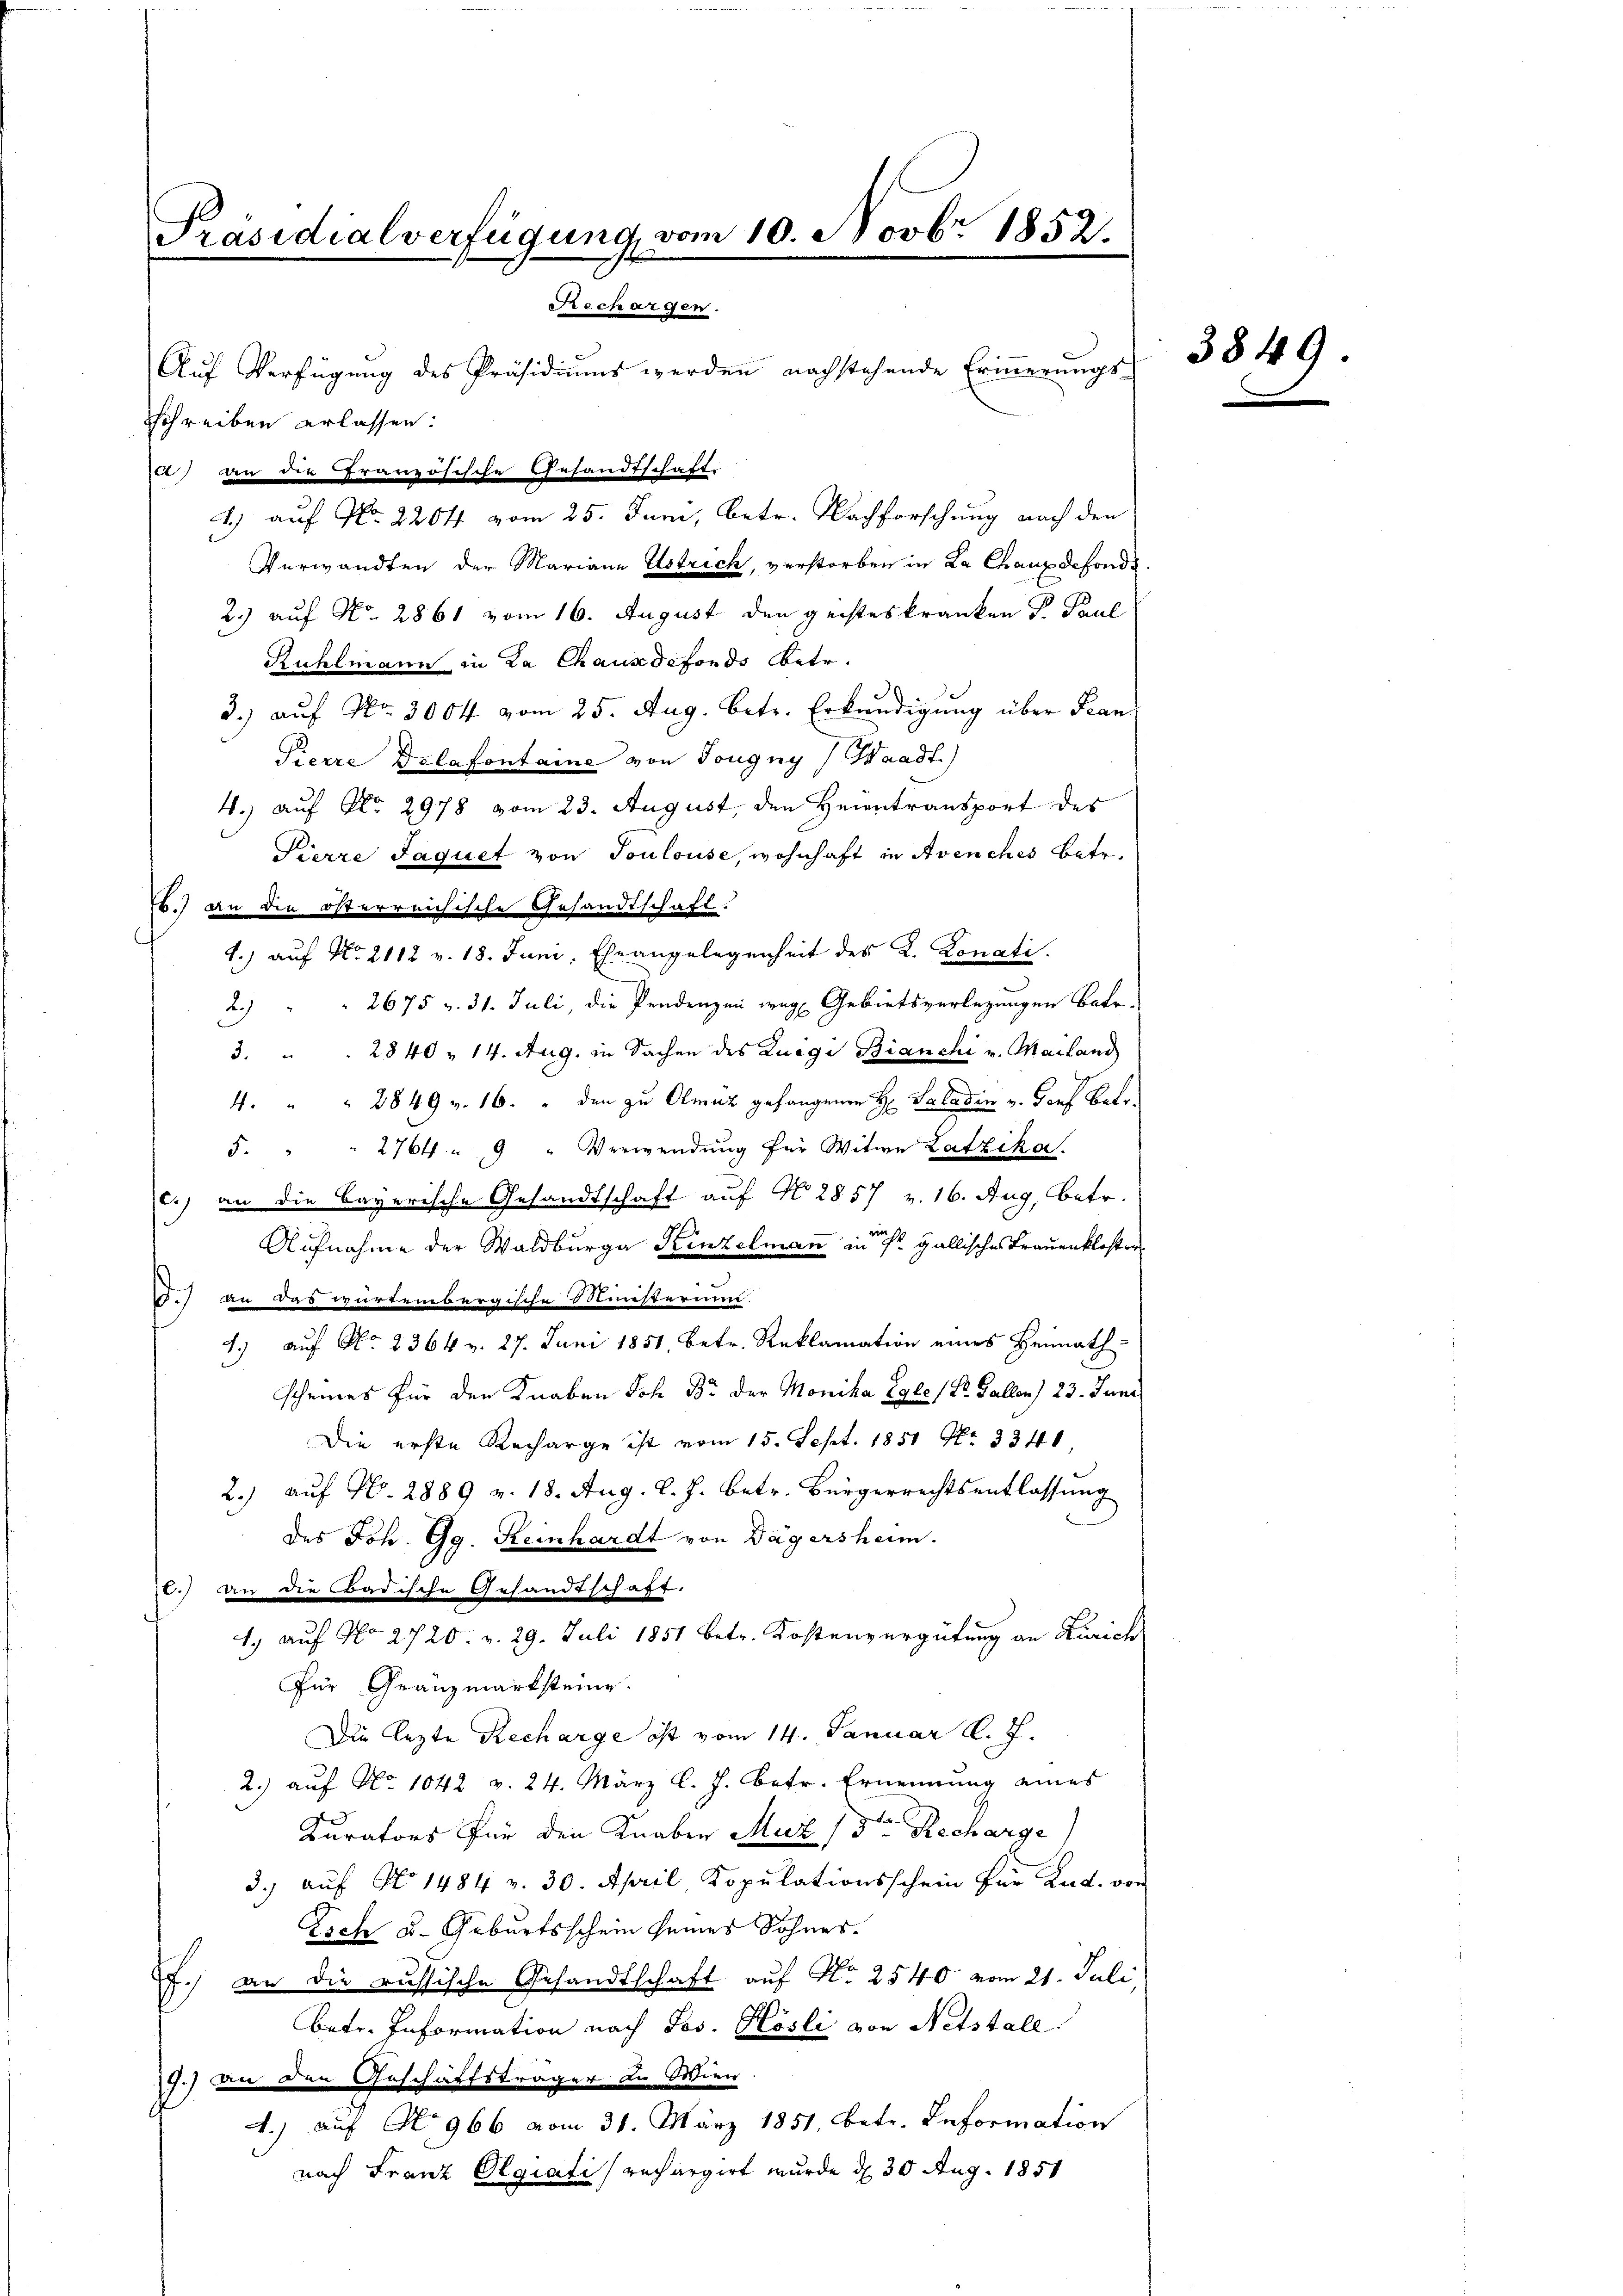
Präsidialverfügung, vom 10. Novbr 1852.
Rechargen.

Schreiben erlassen.
2) an die Französische Gesandtschaft
Verwandten der Mariann Estrich, verstorben in La Chanz defonds.
2.) auf Nr. 2861 vom 16. August den geisteskranken S. Paul
Rühlmann in La Chauxdefonds betr.
3.) auf Nr. 3004 vom 25. Aug. betr. Erkundigung über Fran
Pierre Delafontaine von Tougny) Waadt)
4.) auf No 2978 vom 23. August, den Heintransport des
Pierre Jaquet von Toulouse, wohnhaft in Avenches betr.
b.) an die österreichische Gesandtschaft.
1.) auf No 2112 v. 18. Juni, Ehe angelegenheit des K. Konati
2.) " " 2675 v. 31. Juli, die Pendenzen weg Gebietsverlegungen Betr
3. " " 2840 - 14. Aug. in Sachen des Knäge Bianchi u. Mailand
4 " " 2849 v. 16. " den zu Olmuz gefangenen H Saladin v. Torf betr.
5. " " 2764. " 9 " Verwendung für Witwe Latzika.
c.) an die bayerische Gesandtschaft auf No 2857 16. Aug, betr.
Aufnahme der Waldberga Keinzelmann in die gallisches Frauenkloster
.) an das würtembergische Ministerium.
1.) auf No 236 4 v. 27. Juni 1851, betr. Reklamation eines Heimath
scheines für den Knaben Joh. B. der Monika Egles Dr. Gallen) 23. Juni
Die erste Recharge ist vom 15. Sept. 1851 Nr. 3340
2.) auf Nr. 2889 v. 18. Aug. l. J. betr. Bürgerrechtsentlassung
des Joh. Gg. Keinhardt von Dägersheim.
t.) an die Badische Gesandtschaft.
1.) auf No 2720. v. 29. Juli 1851 betr. Kostenvergütung an Zürich
Für Franzmarksteine.
Die lezte Recharge oft vom 14. Januar d. J.
2.) auf No 1042 v. 24. März l. J. betr. Ernennung eines
Kurators für den Knaben Muz 13ten Recharge
3. aŭf No 1484 v. 30. April Kopŭlationsschein für Lud. von
Eich u. Geburtsschein seines Sohnes.
f.) an die russische Gesandtschaft auf No 2540 vom 21. Juli
betr. Information nach Jos. Kösli von Netstall
9.) An den Geschäftsträger zu Wien
.) auf No 966 vom 31. März 1851, betr. Information
nach Franz Olgiati rechargirt wurde d. 30 Aug. 1851

Aŭf Verfügung des Präsidiŭms werden nachstehende Erinnerungs-
c.) auf No 2204. vom 25. Juni, betr. Nachforschung nach den

3849.